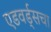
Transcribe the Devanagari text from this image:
एडवर्ड्सचा